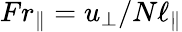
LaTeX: Fr_{\parallel}=u_{\perp}/N\ell_{\parallel}